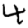
Digit: 4